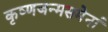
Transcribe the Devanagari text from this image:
कृष्णजन्मसमेनां